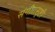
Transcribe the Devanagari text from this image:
संगीतसृष्टी